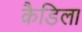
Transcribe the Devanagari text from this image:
कैडिला